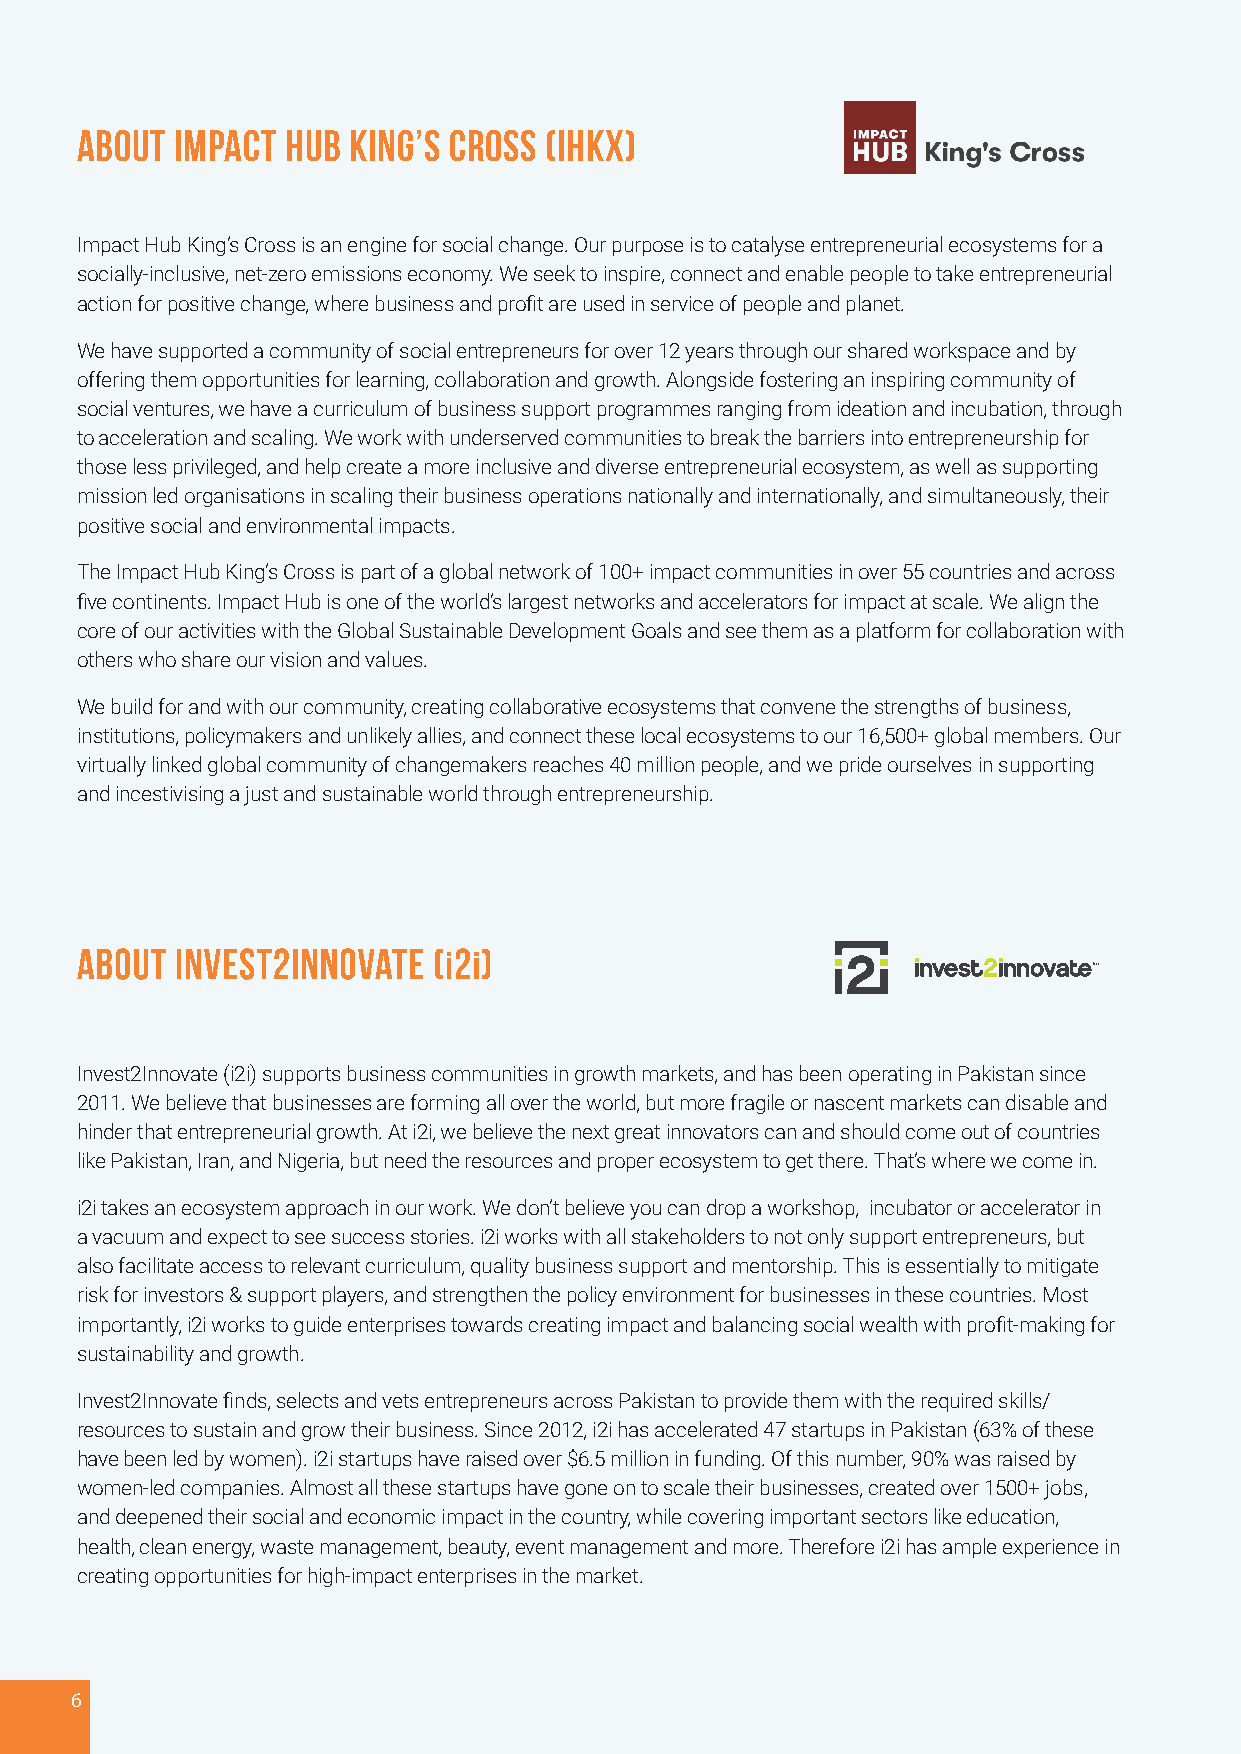
About  Impact Hub King’s Cross (IHKX)
 Impact Hub King’s Cross is an engine for social change. Our purpose is to catalyse entrepreneurial ecosystems for a
 socially-inclusive, net-zero emissions economy. We seek to inspire, connect and enable people to take entrepreneurial
 action for positive change, where business and profit are used in service of people and planet.
 We have supported a community of social entrepreneurs for over 12 years through our shared workspace and by
 offering them opportunities for learning, collaboration and growth. Alongside fostering an inspiring community of
 social ventures, we have a curriculum of business support programmes ranging from ideation and incubation, through
 to acceleration and scaling. We work with underserved communities to break the barriers into entrepreneurship for
 those less privileged, and help create a more inclusive and diverse entrepreneurial ecosystem, as well as supporting
 mission led organisations in scaling their business operations nationally and internationally, and simultaneously, their
 positive social and environmental impacts.
 The Impact Hub King’s Cross is part of a global network of 100+ impact communities in over 55 countries and across
 five continents. Impact Hub is one of the world’s largest networks and accelerators for impact at scale. We align the
 core of our activities with the Global Sustainable Development Goals and see them as a platform for collaboration with
 others who share our vision and values.
 We build for and with our community, creating collaborative ecosystems that convene the strengths of business,
 institutions, policymakers and unlikely allies, and connect these local ecosystems to our 16,500+ global members. Our
 virtually linked global community of changemakers reaches 40 million people, and we pride ourselves in supporting
 and incestivising a just and sustainable world through entrepreneurship.
 Invest2Innovate (i2i) supports business communities in growth markets, and has been operating in Pakistan since
 2011. We believe that businesses are forming all over the world, but more fragile or nascent markets can disable and
 hinder that entrepreneurial growth. At i2i, we believe the next great innovators can and should come out of countries
 like Pakistan, Iran, and Nigeria, but need the resources and proper ecosystem to get there. That’s where we come in.
 i2i takes an ecosystem approach in our work. We don’t believe you can drop a workshop, incubator or accelerator in
 a vacuum and expect to see success stories. i2i works with all stakeholders to not only support entrepreneurs, but
 also facilitate access to relevant curriculum, quality business support and mentorship. This is essentially to mitigate
 risk for investors & support players, and strengthen the policy environment for businesses in these countries. Most
 importantly, i2i works to guide enterprises towards creating impact and balancing social wealth with profit-making for
 sustainability and growth.
 Invest2Innovate finds, selects and vets entrepreneurs across Pakistan to provide them with the required skills/
 resources to sustain and grow their business. Since 2012, i2i has accelerated 47 startups in Pakistan (63% of these
 have been led by women). i2i startups have raised over $6.5 million in funding. Of this number, 90% was raised by
 women-led companies. Almost all these startups have gone on to scale their businesses, created over 1500+ jobs,
 and deepened their social and economic impact in the country, while covering important sectors like education,
 health, clean energy, waste management, beauty, event management and more. Therefore i2i has ample experience in
 creating opportunities for high-impact enterprises in the market.
 6